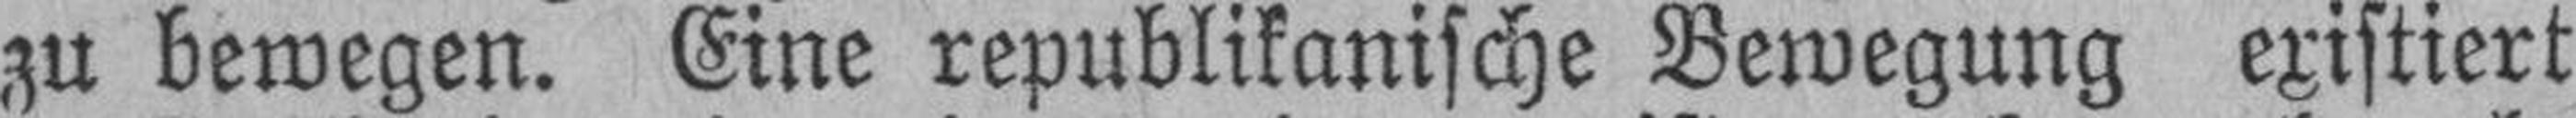
zu bewegen. Eine republikanische Bewegung existiert